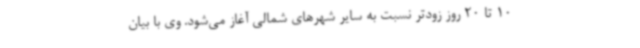
10 تا 20 روز زودتر نسبت به سایر شهرهای شمالی آغاز می‌شود. وی با بیان